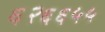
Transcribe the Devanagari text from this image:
६२६६५५